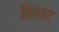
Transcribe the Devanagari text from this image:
ब्रिशर